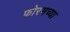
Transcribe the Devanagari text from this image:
फोरमच्या